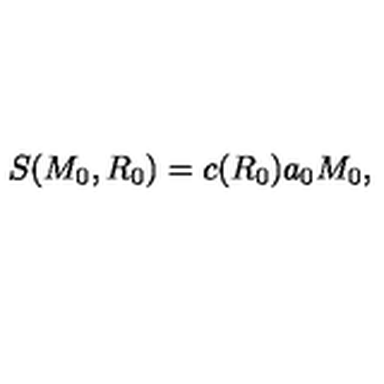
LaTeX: S ( M _ { 0 } , R _ { 0 } ) = c ( R _ { 0 } ) a _ { 0 } M _ { 0 } ,